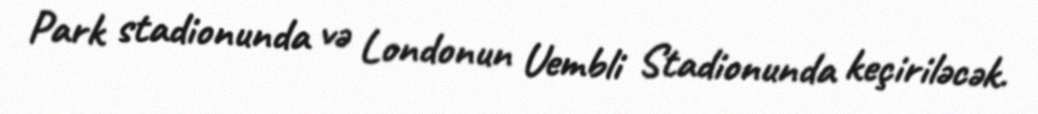
Park stadionunda və Londonun Uembli Stadionunda keçiriləcək.